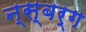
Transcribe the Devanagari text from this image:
न्स्बर्ग